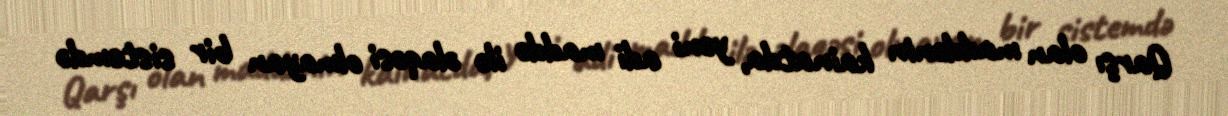
Qarşı olan maddənin kainatda, yəni adi maddə ilə əlaqəsi olmayan bir sistemdə